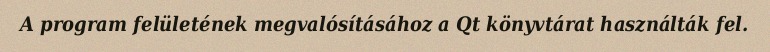
A program felületének megvalósításához a Qt könyvtárat használták fel.